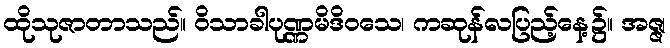
ထိုသုဇာတာသည်။ ဝိသာခါပုဏ္ဏမိဒိဝသေ၊ ကဆုန်လပြည့်နေ့၌။ အဇ္ဇ၊